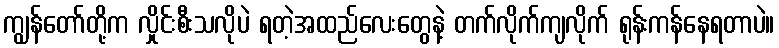
ကျွန်တော်တို့က လှိုင်းစီးသလိုပဲ ရတဲ့အထည်လေးတွေနဲ့ တက်လိုက်ကျလိုက် ရုန်းကန်နေရတာပဲ။